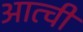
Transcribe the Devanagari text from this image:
आत्ची